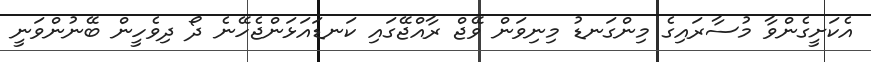
އެކަށީގެންވާ މުސާރައިގެ މިންގަނޑު މިނިވަން ވޭޖް ރާއްޖޭގައި ކަނޑައަޅަންޖެހޭނެ ދޯ ދިވެހީން ބޭނުންވަނީ